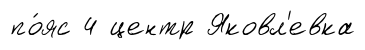
по́яс 4 центр Яковл'евка